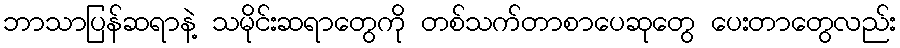
ဘာသာပြန်ဆရာနဲ့ သမိုင်းဆရာတွေကို တစ်သက်တာစာပေဆုတွေ ပေးတာတွေလည်း